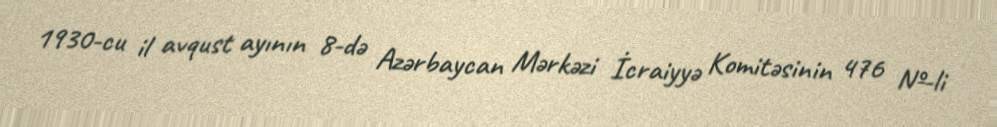
1930-cu il avqust ayının 8-də Azərbaycan Mərkəzi İcraiyyə Komitəsinin 476 №-li